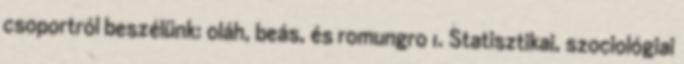
csoportról beszélünk: oláh, beás, és romungro 1. Statisztikai, szociológiai